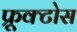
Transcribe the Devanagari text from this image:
फ्रूक्टोस